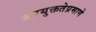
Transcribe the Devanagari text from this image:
उपयुक्ततेप्रमाणे